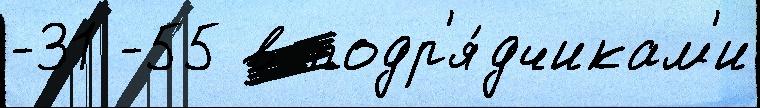
-31 -55 в подр'я́дчикам'и